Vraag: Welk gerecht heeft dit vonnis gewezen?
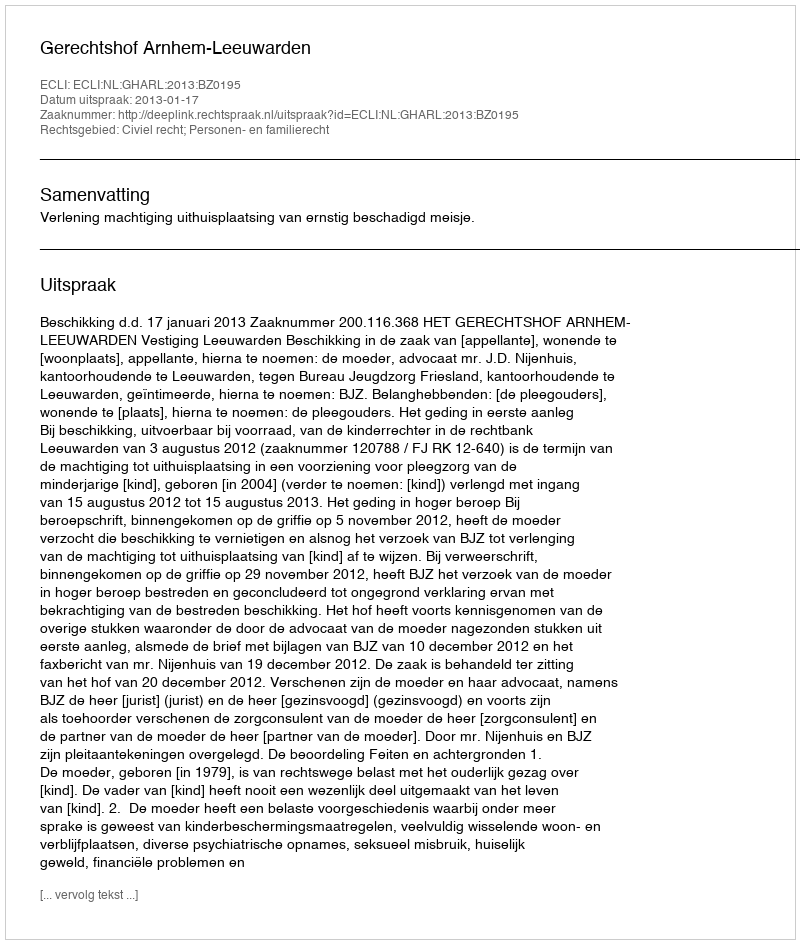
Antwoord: Gerechtshof Arnhem-Leeuwarden